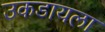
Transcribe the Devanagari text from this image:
उकडायला